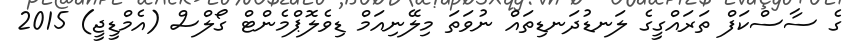
ގެ ސާސްކަފް ތަރައްގީގެ ލަނޑުދަނޑިތައް ނުވަތަ މިލޭނިއަމް ޑިވެލޮޕްމެންޓް ގޯލްސް (އެމްޑީޖީ) 2015